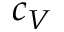
c _ { V }